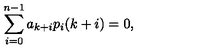
\sum _ { i = 0 } ^ { n - 1 } a _ { k + i } p _ { i } ( k + i ) = 0 ,